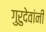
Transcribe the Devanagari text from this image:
गुरुदेवांनी